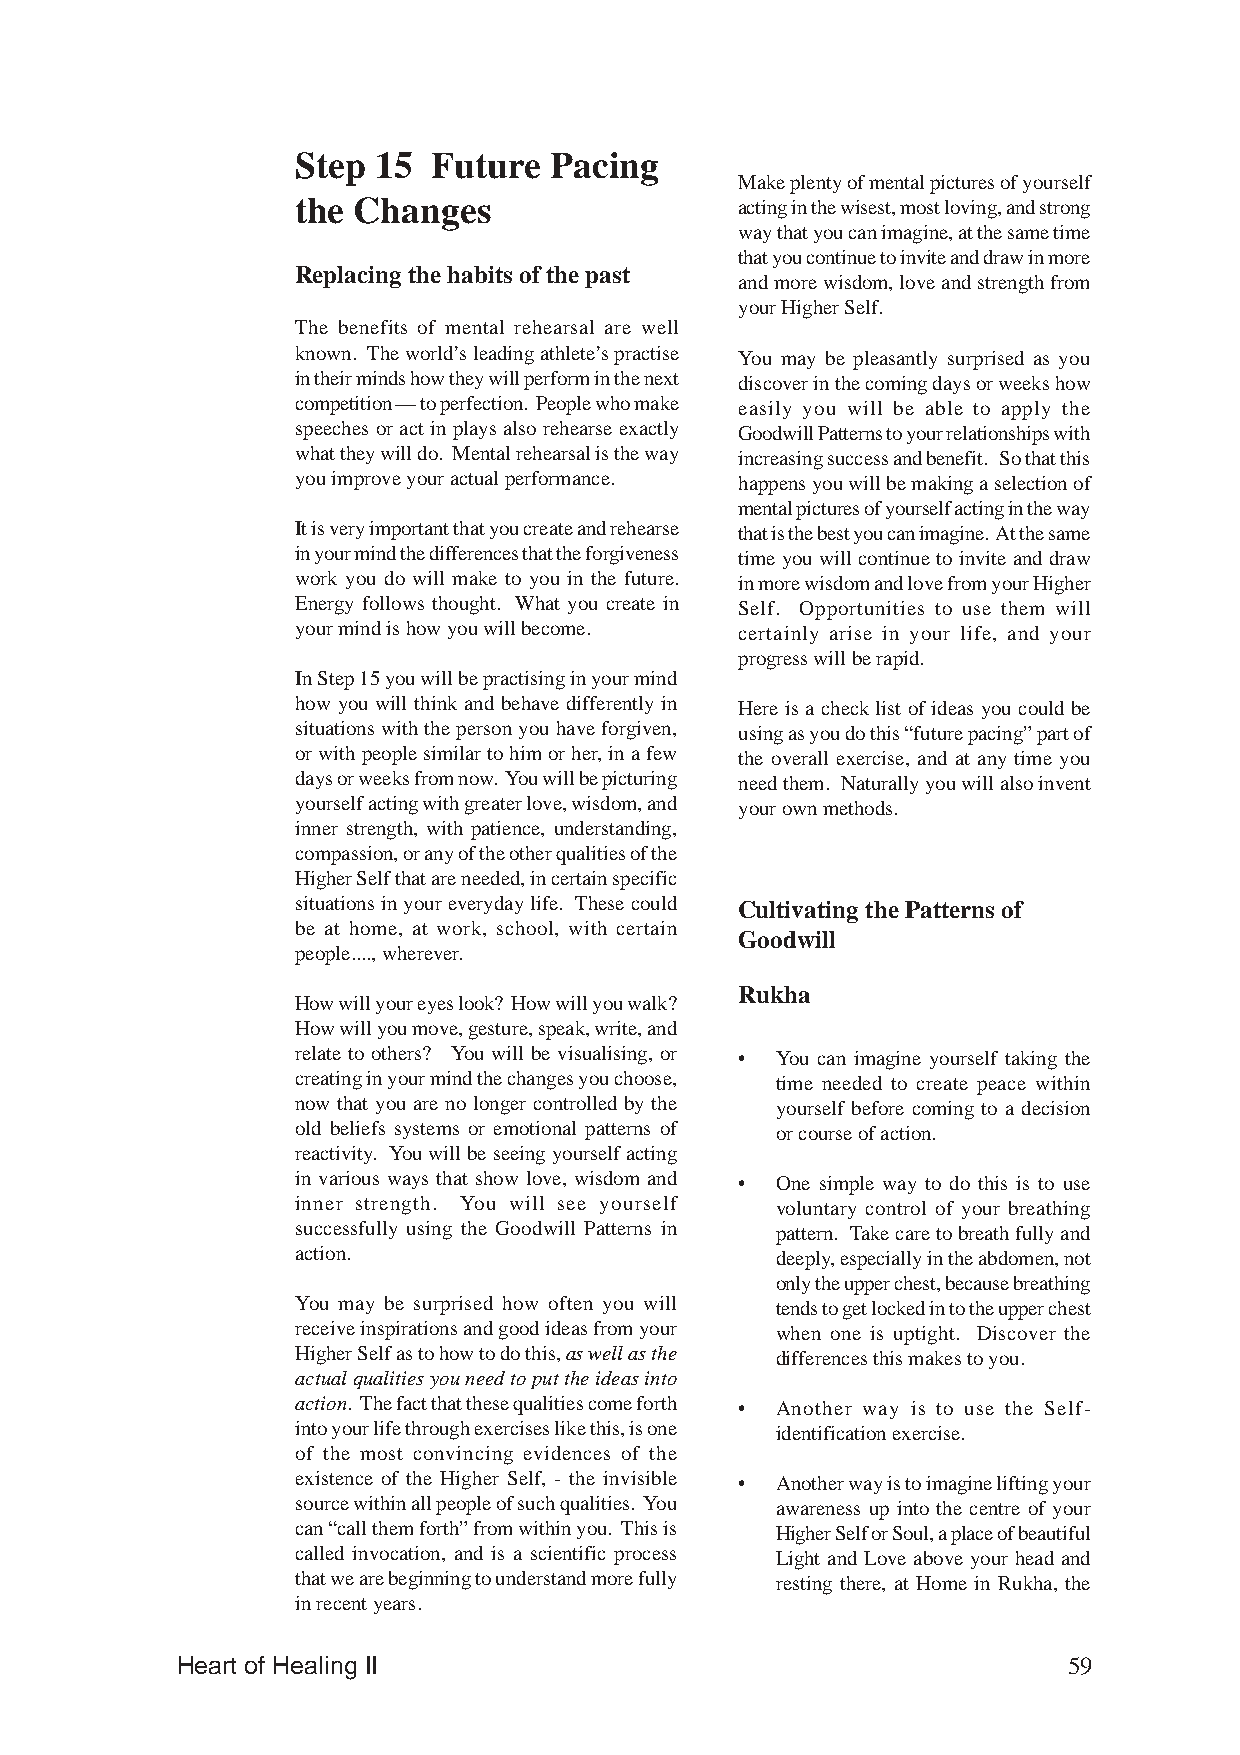
Step 15  Future Pacing
 Make plenty of mental pictures of yourself
 the Changes                  acting in the wisest, most loving, and strong
 way that you can imagine, at the same time
 that you continue to invite and draw in more
 Replacing the habits of the past
 and more wisdom, love and strength from
 your Higher Self.
 The benefits of mental rehearsal are well
 known. The world’s leading athlete’s practise You may be pleasantly surprised as you
 in their minds how they will perform in the next discover in the coming days or weeks how
 competition — to perfection. People who make easily you will be able to apply the
 speeches or act in plays also rehearse exactly Goodwill Patterns to your relationships with
 what they will do. Mental rehearsal is the way increasing success and benefit. So that this
 you improve your actual performance. happens you will be making a selection of
 mental pictures of yourself acting in the way
 It is very important that you create and rehearse that is the best you can imagine. At the same
 in your mind the differences that the forgiveness time you will continue to invite and draw
 work you do will make to you in the future. in more wisdom and love from your Higher
 Energy follows thought. What you create in Self. Opportunities to use them will
 your mind is how you will become. certainly arise in your life, and your
 progress will be rapid.
 In Step 15 you will be practising in your mind
 how you will think and behave differently in Here is a check list of ideas you could be
 situations with the person you have forgiven, using as you do this “future pacing” part of
 or with people similar to him or her, in a few the overall exercise, and at any time you
 days or weeks from now. You will be picturing need them. Naturally you will also invent
 yourself acting with greater love, wisdom, and your own methods.
 inner strength, with patience, understanding,
 compassion, or any of the other qualities of the
 Higher Self that are needed, in certain specific
 situations in your everyday life. These could Cultivating the Patterns of
 be at home, at work, school, with certain
 Goodwill
 people...., wherever.
 Rukha
 How will your eyes look? How will you walk?
 How will you move, gesture, speak, write, and
 relate to others? You will be visualising, or • You can imagine yourself taking the
 creating in your mind the changes you choose, time needed to create peace within
 now that you are no longer controlled by the yourself before coming to a decision
 old beliefs systems or emotional patterns of or course of action.
 reactivity. You will be seeing yourself acting
 in various ways that show love, wisdom and • One simple way to do this is to use
 inner strength. You will see yourself voluntary control of your breathing
 successfully using the Goodwill Patterns in pattern. Take care to breath fully and
 action.                        deeply, especially in the abdomen, not
 only the upper chest, because breathing
 You may be surprised how often you will tends to get locked in to the upper chest
 receive inspirations and good ideas from your when one is uptight. Discover the
 Higher Self as to how to do this, as well as the differences this makes to you.
 actual qualities you need to put the ideas into
 action. The fact that these qualities come forth • Another way is to use the Self-
 into your life through exercises like this, is one identification exercise.
 of the most convincing evidences of the
 existence of the Higher Self, - the invisible • Another way is to imagine lifting your
 source within all people of such qualities. You awareness up into the centre of your
 can “call them forth” from within you. This is Higher Self or Soul, a place of beautiful
 called invocation, and is a scientific process Light and Love above your head and
 that we are beginning to understand more fully resting there, at Home in Rukha, the
 in recent years.
 Heart of Healing II                                        59